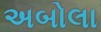
અબોલા